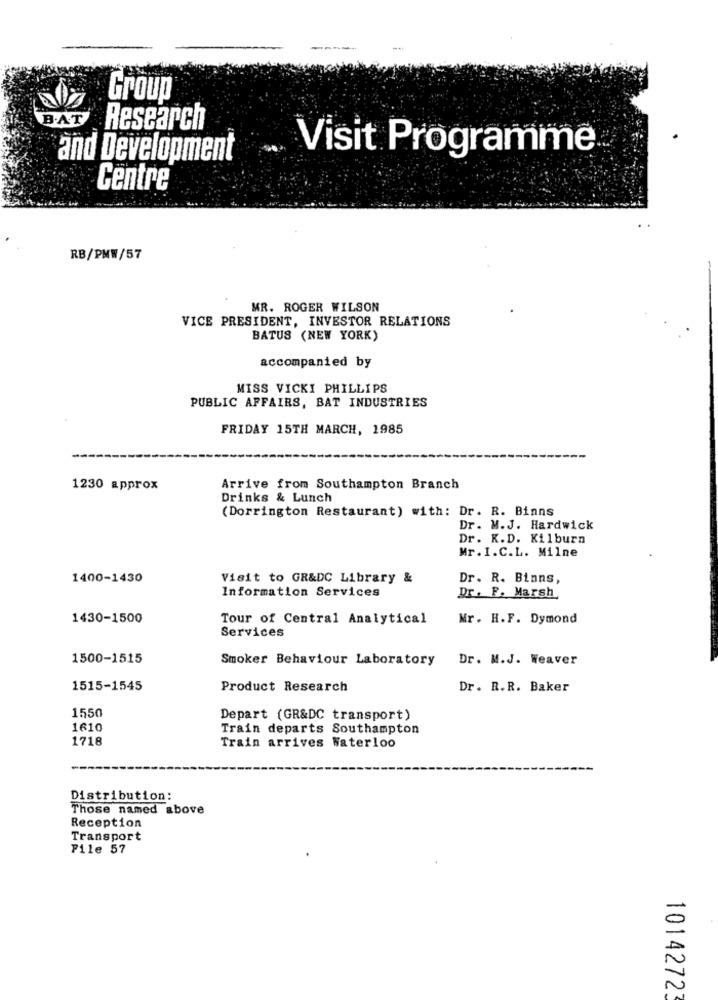
Group
B.AT
Research
and Development
Visit Programme
Centre
RB/PMW/57
MR. ROGER WILSON
VICE PRESIDENT, INVESTOR RELATIONS
BATUS (NEW YORK)
accompanied by
MISS VICKI PHILLIPS
PUBLIC AFFAIRS, BAT INDUSTRIES
FRIDAY 15TH MARCH, 1985
1230 approx
Arrive from Southampton Branch
Drinks & Lunch
(Dorrington Restaurant) with: Dr. R. Binns
Dr. M.J. Hardwick
Dr. K.D. Kilburn
Mr. I.C.L. Milne
1400-1430
Visit to GR&DC Library &
Dr. R. Binns,
Information Services
Dr. F. Marsh,
1430-1500
Tour of Central Analytical
Mr. H.F. Dymond
Services
1500-1515
Smoker Behaviour Laboratory
Dr. M.J. Weaver
1515-1545
Product Research
Dr. R.R. Baker
1550
Depart (GR&DC transport)
1610
Train departs Southampton
1718
Train arrives Waterloo
Distribution:
Those named above
Reception
Transport
File 57
10142723